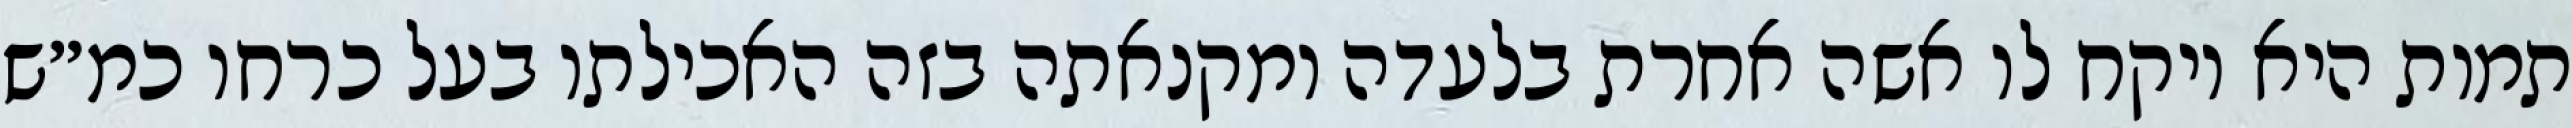
תמות היא ויקח לו אשה אחרת בלעדה ומקנאתה בזה האכילתו בעל כרחו כמ״ש